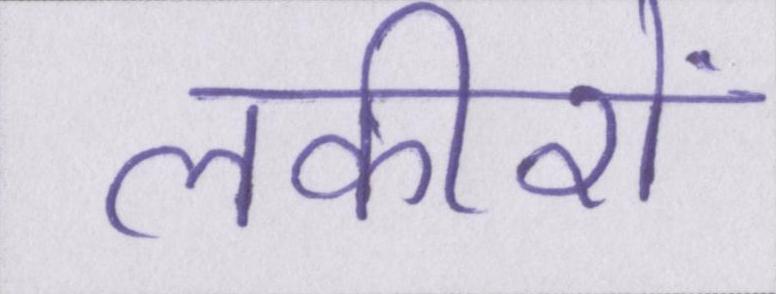
लकीरों